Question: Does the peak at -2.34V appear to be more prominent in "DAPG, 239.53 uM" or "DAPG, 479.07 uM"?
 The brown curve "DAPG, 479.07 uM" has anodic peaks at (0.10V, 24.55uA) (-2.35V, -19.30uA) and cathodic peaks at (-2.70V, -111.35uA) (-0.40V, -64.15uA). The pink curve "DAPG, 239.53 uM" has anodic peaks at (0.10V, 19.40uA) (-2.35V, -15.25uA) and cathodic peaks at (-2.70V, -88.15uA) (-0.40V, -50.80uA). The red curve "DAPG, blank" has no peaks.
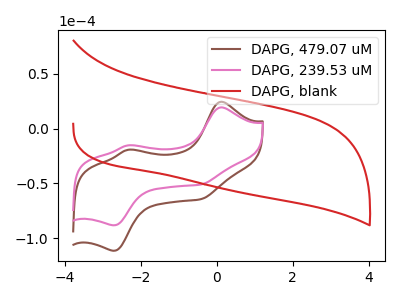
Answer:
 <answer>The peak at -2.34V is higher in "DAPG, 239.53 uM" than in "DAPG, 479.07 uM".</answer>
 <eval>higher</eval>